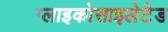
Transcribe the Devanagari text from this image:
ग्लाइकोसाइलेटेड